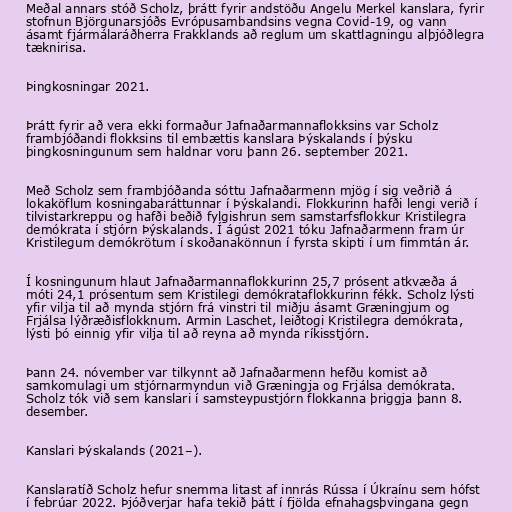
Meðal annars stóð Scholz, þrátt fyrir andstöðu Angelu Merkel kanslara, fyrir
stofnun Björgunarsjóðs Evrópusambandsins vegna Covid-19, og vann
ásamt fjármálaráðherra Frakklands að reglum um skattlagningu alþjóðlegra
tæknirisa.

Þingkosningar 2021.

Þrátt fyrir að vera ekki formaður Jafnaðarmannaflokksins var Scholz
frambjóðandi flokksins til embættis kanslara Þýskalands í þýsku
þingkosningunum sem haldnar voru þann 26. september 2021.

Með Scholz sem frambjóðanda sóttu Jafnaðarmenn mjög í sig veðrið á
lokaköflum kosningabaráttunnar í Þýskalandi. Flokkurinn hafði lengi verið í
tilvistarkreppu og hafði beðið fylgishrun sem samstarfsflokkur Kristilegra
demókrata í stjórn Þýskalands. Í ágúst 2021 tóku Jafnaðarmenn fram úr
Kristilegum demókrötum í skoðanakönnun í fyrsta skipti í um fimmtán ár.

Í kosningunum hlaut Jafnaðarmannaflokkurinn 25,7 prósent atkvæða á
móti 24,1 prósentum sem Kristilegi demókrataflokkurinn fékk. Scholz lýsti
yfir vilja til að mynda stjórn frá vinstri til miðju ásamt Græningjum og
Frjálsa lýðræðisflokknum. Armin Laschet, leiðtogi Kristilegra demókrata,
lýsti þó einnig yfir vilja til að reyna að mynda ríkisstjórn.

Þann 24. nóvember var tilkynnt að Jafnaðarmenn hefðu komist að
samkomulagi um stjórnarmyndun við Græningja og Frjálsa demókrata.
Scholz tók við sem kanslari í samsteypustjórn flokkanna þriggja þann 8.
desember.

Kanslari Þýskalands (2021–).

Kanslaratíð Scholz hefur snemma litast af innrás Rússa í Úkraínu sem hófst
í febrúar 2022. Þjóðverjar hafa tekið þátt í fjölda efnahagsþvingana gegn